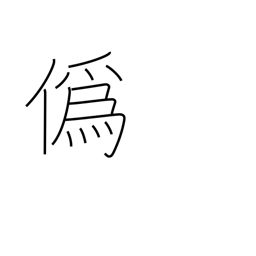
Meaning: deceive